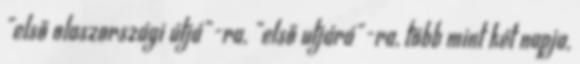
"első olaszországi útjá"-ra, "első utjárá"-ra, több mint két napja,